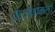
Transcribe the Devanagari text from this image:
अनुबंधकर्ता